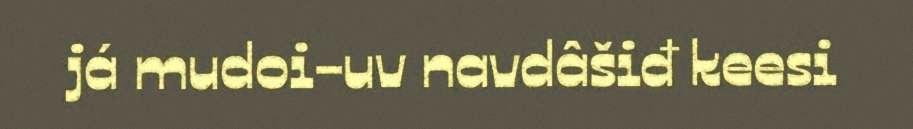
já mudoi-uv navdâšiđ keesi